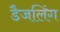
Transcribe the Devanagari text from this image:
डैजलिंग